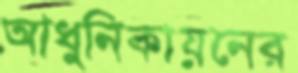
আধুনিকায়নের